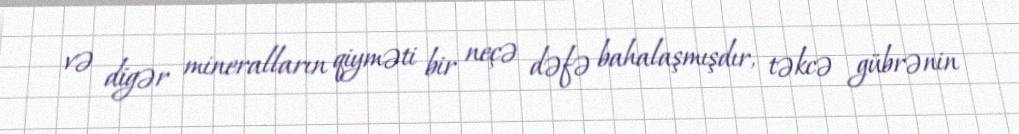
və digər mineralların qiyməti bir neçə dəfə bahalaşmışdır, təkcə gübrənin